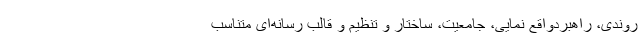
روندی، راهبردواقع نمایی، جامعیت، ساختار و تنظیم و قالب رسانه‌ای متناسب